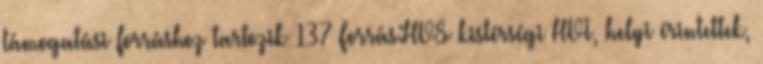
támogatási forráshoz tartozik 137 Forrás:HVS kistérségi HVI, helyi érintettek,